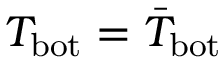
T _ { \mathrm { b o t } } = \bar { T } _ { \mathrm { b o t } }